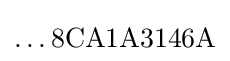
\ldots 8{\text{C}}{\text{A}}1{\text{A}}3146{\text{A}}